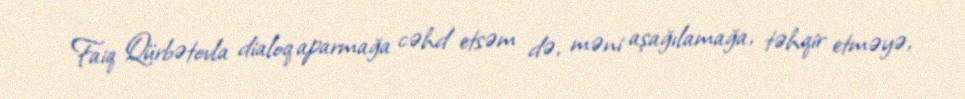
Faiq Qürbətovla dialoq aparmağa cəhd etsəm də, məni aşağılamağa, təhqir etməyə,